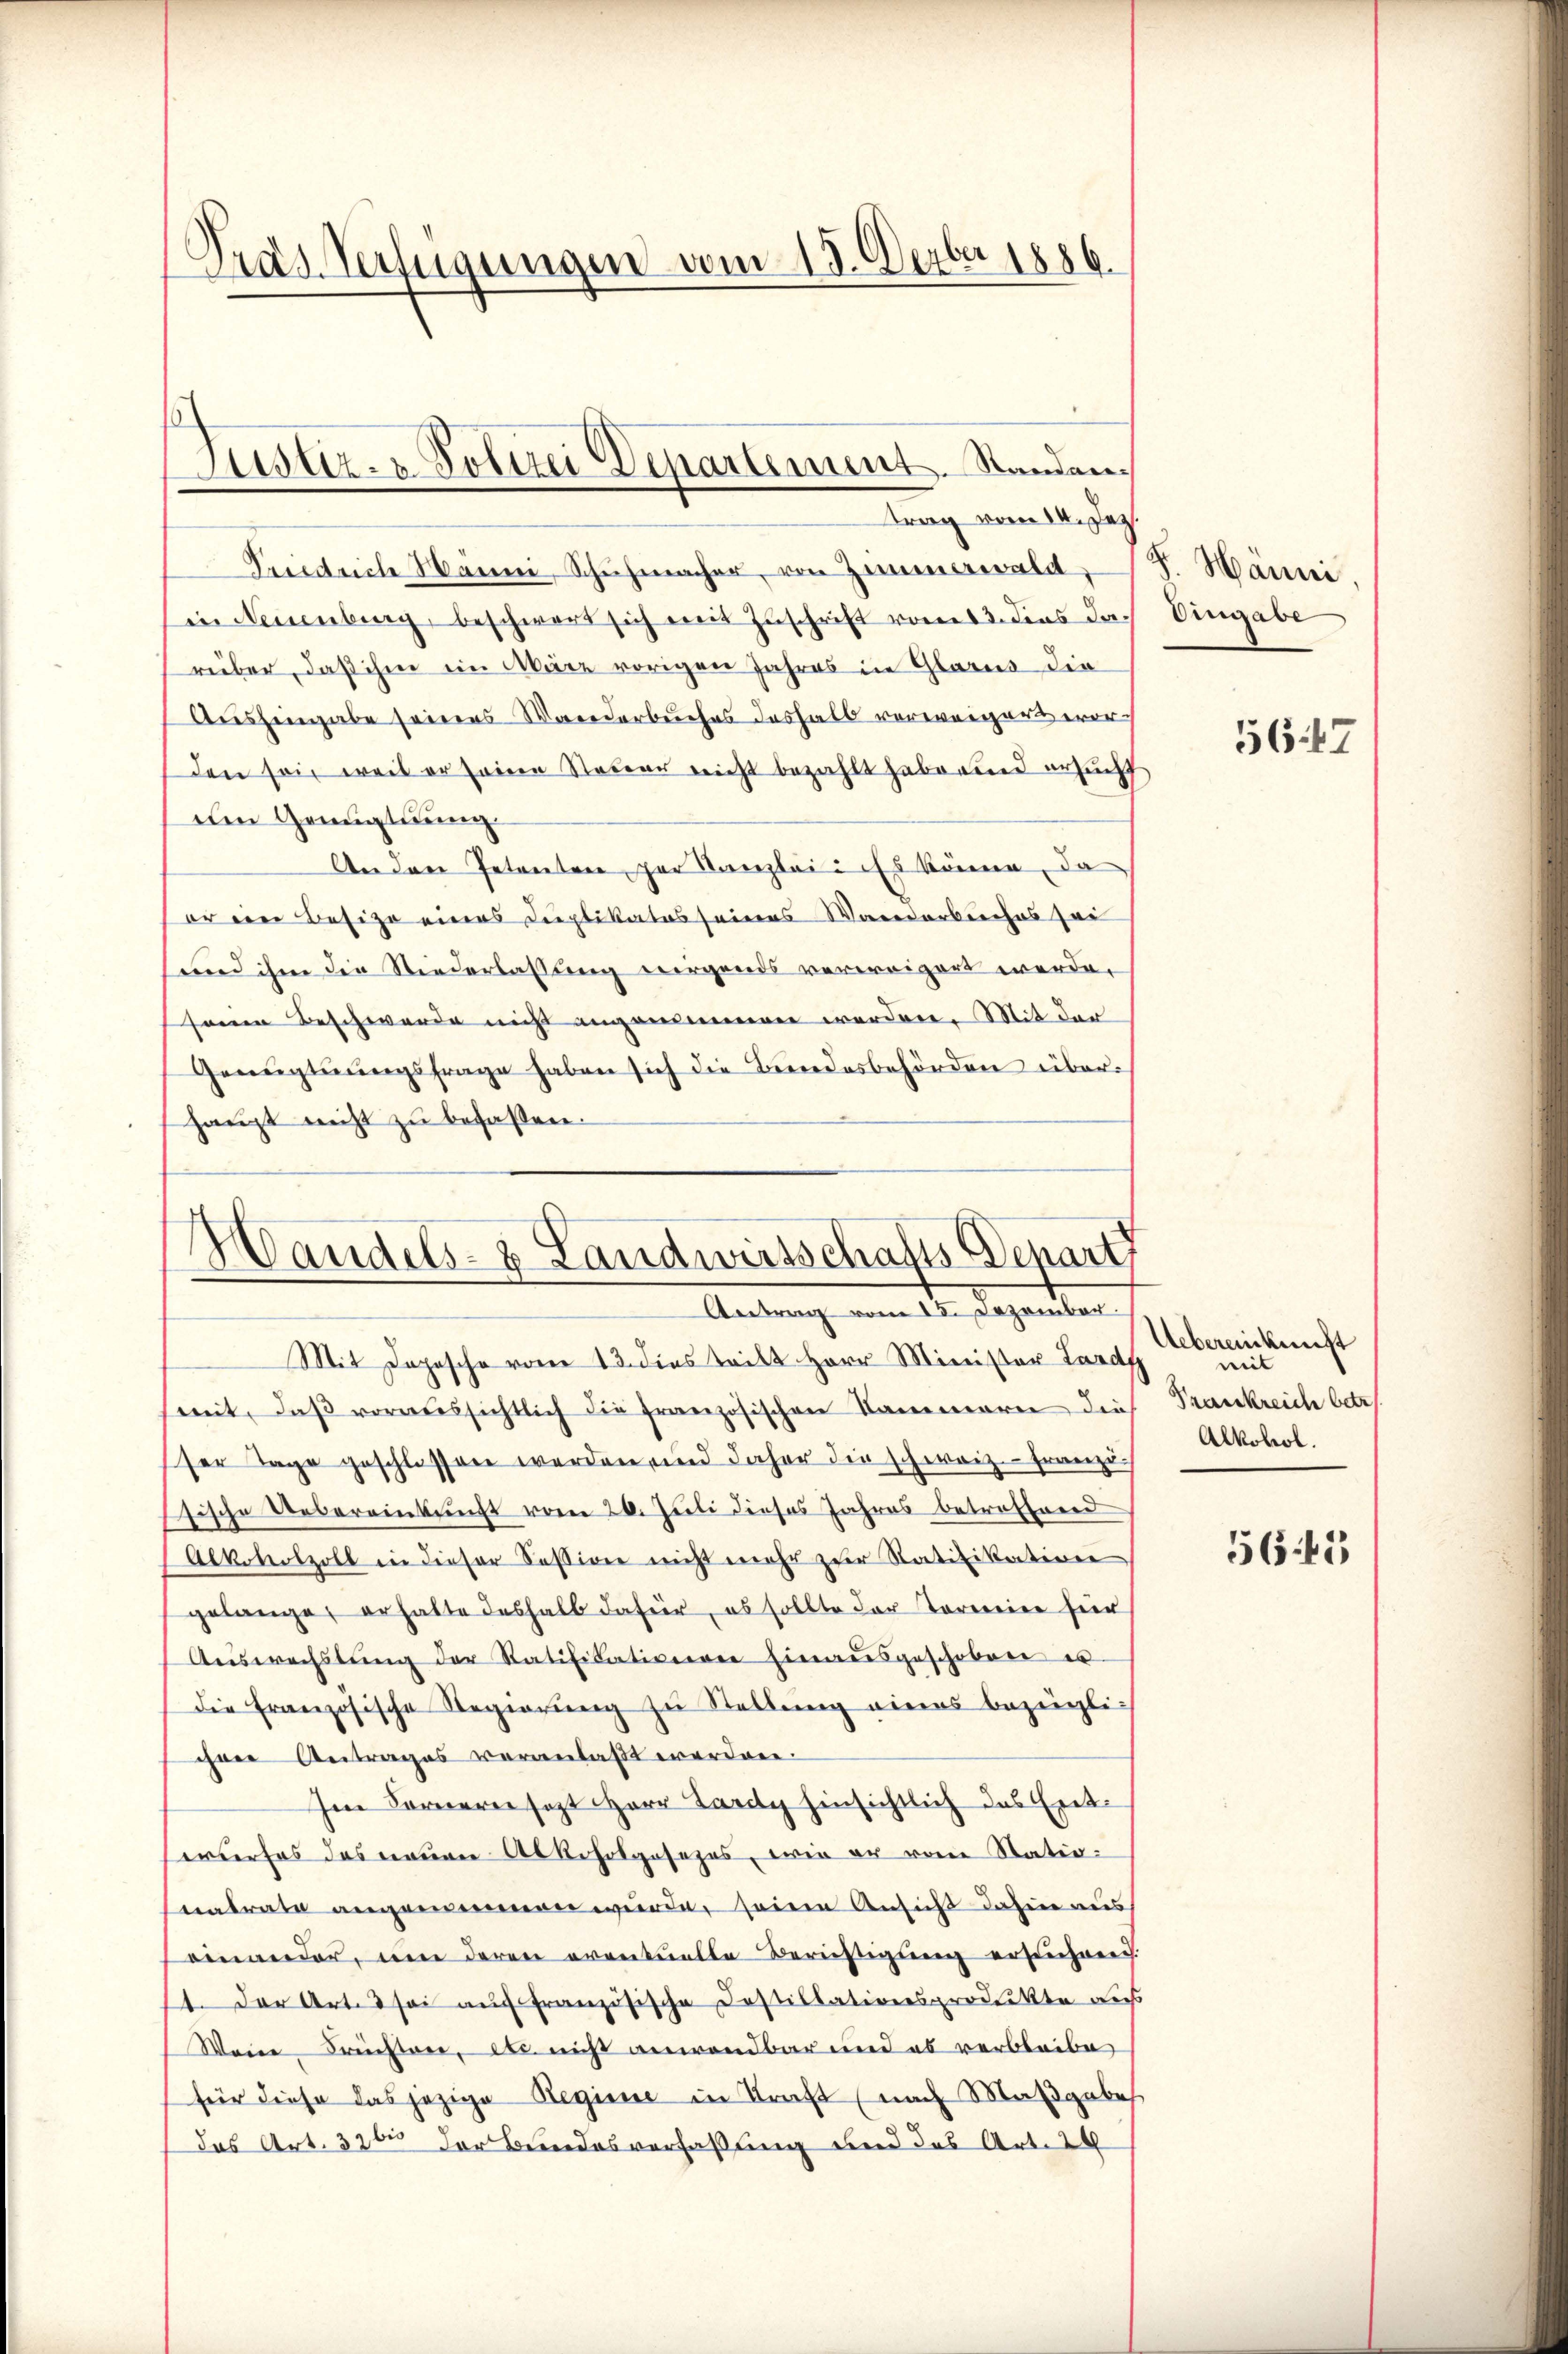
Tras Verfügungen vom 13. Derber 1886.

Puedrich Hänni, Schŭhmacher, von Zimmerwald. J. Hänni.
in Neuenburg, beschwert sich mit Zuschrift vom 13. dies darüber, daß ihm ein März vorigen Jahres in Glarus die
Aushingabe seines Wanderbuches deshalb vorweigert worden sei, weil er seine Steuer nicht bezahlt habe und ersucht.
den Genugtuung.
Andere Petenten par Kanzlei. Es könne, da
er ein Besitze eines Duplikates seines Wanderbuches sei
und ihm die Niederlassung nirgends verweigert werde.
seinen Beschwerde nicht angenommen werden. Mit der
Genugtuungsfrage haben sich die Bundesbehörden überhaupt nicht zu befassen.

Justiz- & Polizei Departement. Standen.
trag vom 14. Jez.

Handels- & Landwirtschafts-Depart
Antrag vom 15. Dezember.

Mit Depesche vom 13. dies teilt Herr Minister Lardy
semit, daß voraussichtlich die französischen Kammern dies Frankreich betr.
ser Tage geschlossen werden, und daher die schweiz.- Franzi
sische Uebereinkunft vom 26. Juli dieses Jahres betreffend
Alkoholzoll in dieser Session nicht mehr zur Ratifikation
gelange, erhalte deshalb dafür, es sollte der Termier für
Auswechstŭng der Ratifikationen hinausgeschoben es
die Französische Regierŭng zŭ Stellŭng eines bezügli-
chen Antrages veranlaßt worden.
Im Ferneren sagt Herr Lardy hinsichtlich das Enterwerfes das neuen Alkoholgesezes, wie er von Natio
nalrate angemeinen wurde, seinen Ansicht dahin aus
einander, um deren eventuelle Berichtigung erschnen.
1. Der Art. 3 sei auf Französische Destillationsprodukte aus
Wene Früchten, etc. nicht anwendbar und es verbleibe
für diese das jezige Regiere in Kraft (nach Maßgabes
das Art. 326 der Bundesverfassung und das Art. 24

Eingabe

5647

Uebereinkunft
mit
Alkohol.

5643